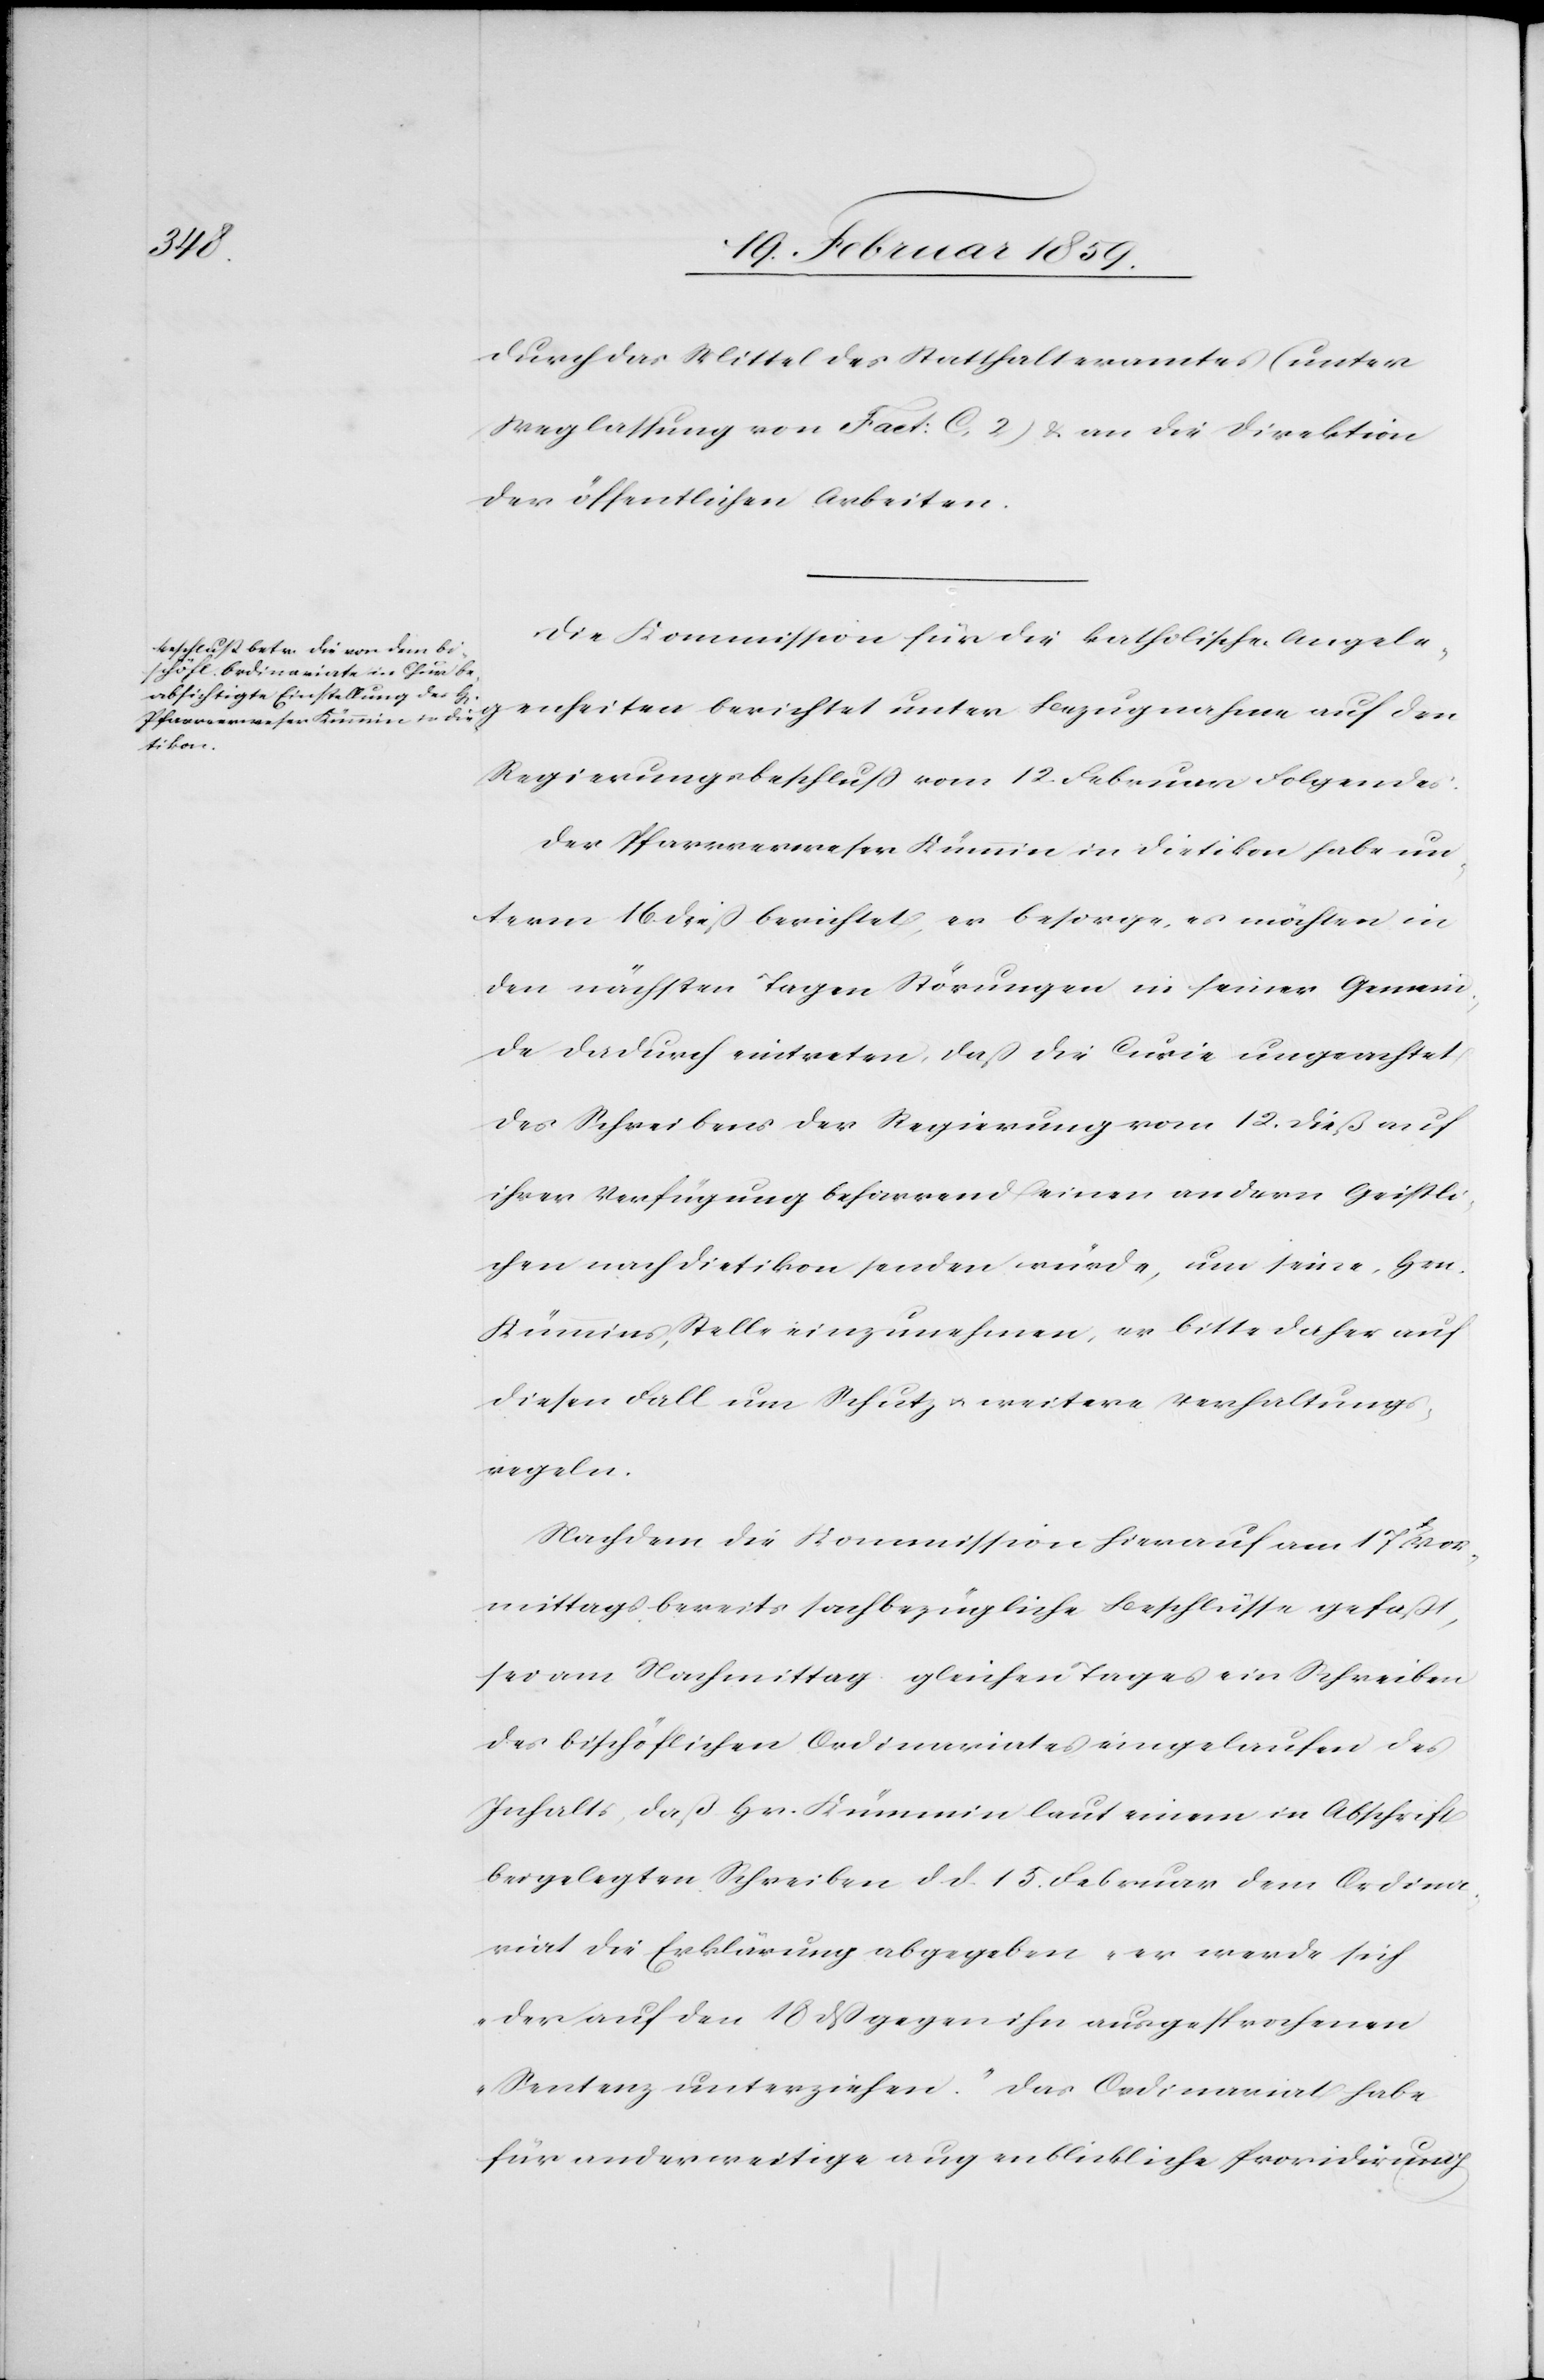
den
durch das Mittel des Statthalteramtes (unter
Weglassung von Fact: C. 2) & an die Direktion
der öffentlichen Arbeiten.
Die Kommission für die katholischen Angele¬
Regierungsbeschluß vom 12. Februar Folgendes:
Der Pfarrverweser Kümmin in Dietikon habe un¬
term 16. dieß berichtet, er besorge, es möchten in
den nächsten Tagen Störungen in seiner Gemein¬
de dadurch eintreten, daß die Curie ungeachtet
des Schreibens der Regierung vom 12. dieß auf
ihrer Verfügung beharrend einen andern Geistli¬
chen nach Dietikon senden würde, um seine, Hrn.
Kümmins, Stelle einzunehmen, er bitte daher auf
diesen Fall um Schutz u. weitere Verhaltungs¬
regeln.
Nachdem die Kommission hierauf am 17t Vor¬
mittags bereits sachbezügliche Beschlüsse gefaßt,
sei am Nachmittag gleichen Tages ein Schreiben
des bischöflichen Ordinariates eingelaufen des
Inhalts, daß Hr. Kümmin laut einem in Abschrift
beigelegten Schreiben d. d. 15. Februar dem Ordina¬
riat die Erklärung abgegeben „er werde sich
der auf den 18 dß gegen ihn ausgesprochenen
Sentenz unterziehen.“ Das Ordinariat habe
für anderweitige augenblickliche Providirung